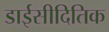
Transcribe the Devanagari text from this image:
डाईसीदितिक